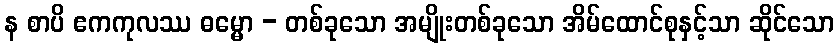
န စာပိ ဧကကုလဿ ဓမ္မော - တစ်ခုသော အမျိုးတစ်ခုသော အိမ်ထောင်စုနှင့်သာ ဆိုင်သော